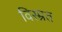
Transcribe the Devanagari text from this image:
विस्म्रत